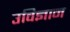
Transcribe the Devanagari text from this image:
उविज्ञान